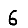
Digit: 6